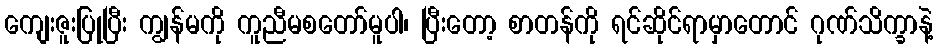
ကျေးဇူးပြုပြီး ကျွန်မကို ကူညီမစတော်မူပါ၊ ပြီးတော့ စာတန်ကို ရင်ဆိုင်ရာမှာတောင် ဂုဏ်သိက္ခာနဲ့